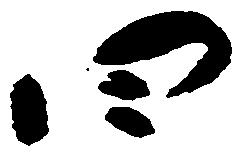
四